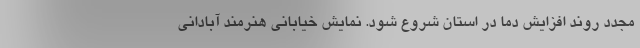
مجدد روند افزایش دما در استان شروع شود. نمایش خیابانی هنرمند آبادانی